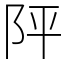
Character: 𨸶